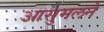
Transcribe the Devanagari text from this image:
आसुमलने